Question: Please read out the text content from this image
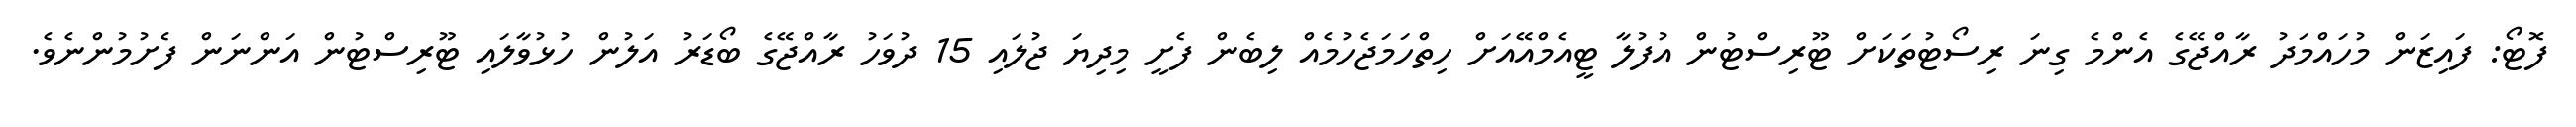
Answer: ފޮޓޯ: ފައިޒަން މުހައްމަދު ރާއްޖޭގެ އެންމެ ގިނަ ރިސޯޓުތަކަށް ޓޫރިސްޓުން އުފުލާ ޓީއެމްއޭއަށް ހިތްހަމަޖެހުމެއް ލިބެން ފެށީ މިދިޔަ ޖުލައި 15 ދުވަހު ރާއްޖޭގެ ބޯޑަރު އަލުން ހުޅުވާލައި ޓޫރިސްޓުން އަންނަން ފެށުމުންނެވެ.